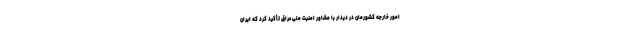
امور خارجه کشورمان در دیدار با مشاور امنیت ملی عراق تأکید کرد که ایران